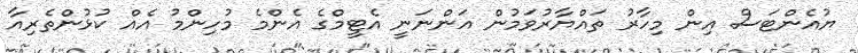
ޔުއެންޓަސް އިން މިހާރު ތައްޔާރުވަމުން އަންނަނީ އެޓީމްގެ އެންމެ މުހިންމު އެއް ކުޅުންތެރިއާ